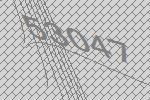
53047